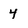
Character: 4